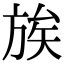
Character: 𫞀